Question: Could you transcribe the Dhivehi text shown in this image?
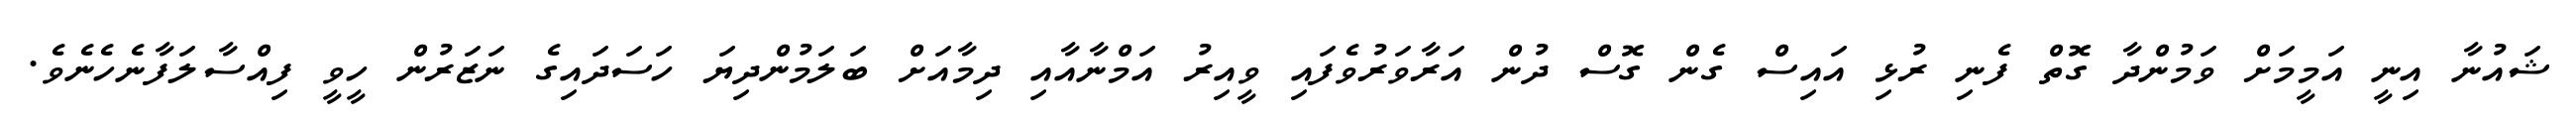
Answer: ޝައުނާ އިނީ އަމީމަށް ވަމުންދާ ގޮތް ފެނި ރުޅި އައިސް ގެން ގޮސް ދުން އަރާވަރުވެފައި ވީއިރު އަމްނާއާއި ދިމާއަށް ބަލަމުންދިޔަ ހަސަދައިގެ ނަޒަރުން ހީވީ ފިއްސާލަފާނެހެނެވެ.